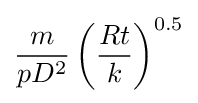
{\frac {m}{pD^{2}}}\left({\frac {Rt}{k}}\right)^{0.5}